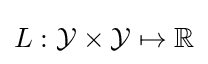
L:{\mathcal {Y}}\times {\mathcal {Y}}\mapsto \mathbb {R}